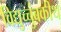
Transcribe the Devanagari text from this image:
विद्युच्चुंबकीथ